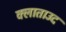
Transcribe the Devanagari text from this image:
क्लाताउद